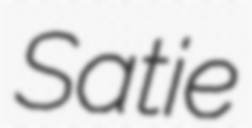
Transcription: Satie